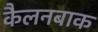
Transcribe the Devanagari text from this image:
कैलनबाक